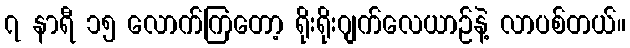
၇ နာရီ ၁၅ လောက်ကြတော့ ရိုးရိုးဂျက်လေယာဉ်နဲ့ လာပစ်တယ်။